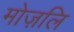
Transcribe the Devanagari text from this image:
मोज़लि